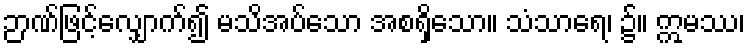
ဉာဏ်ဖြင့်လျှောက်၍ မသိအပ်သော အစရှိသော။ သံသာရေ၊ ၌။ ဣမဿ၊